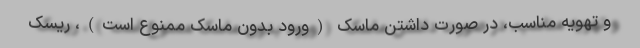
و تهویه مناسب، در صورت داشتن ماسک (ورود بدون ماسک ممنوع است)، ریسک